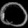
Digit: ၀